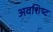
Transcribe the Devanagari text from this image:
अवशिष्‍ट